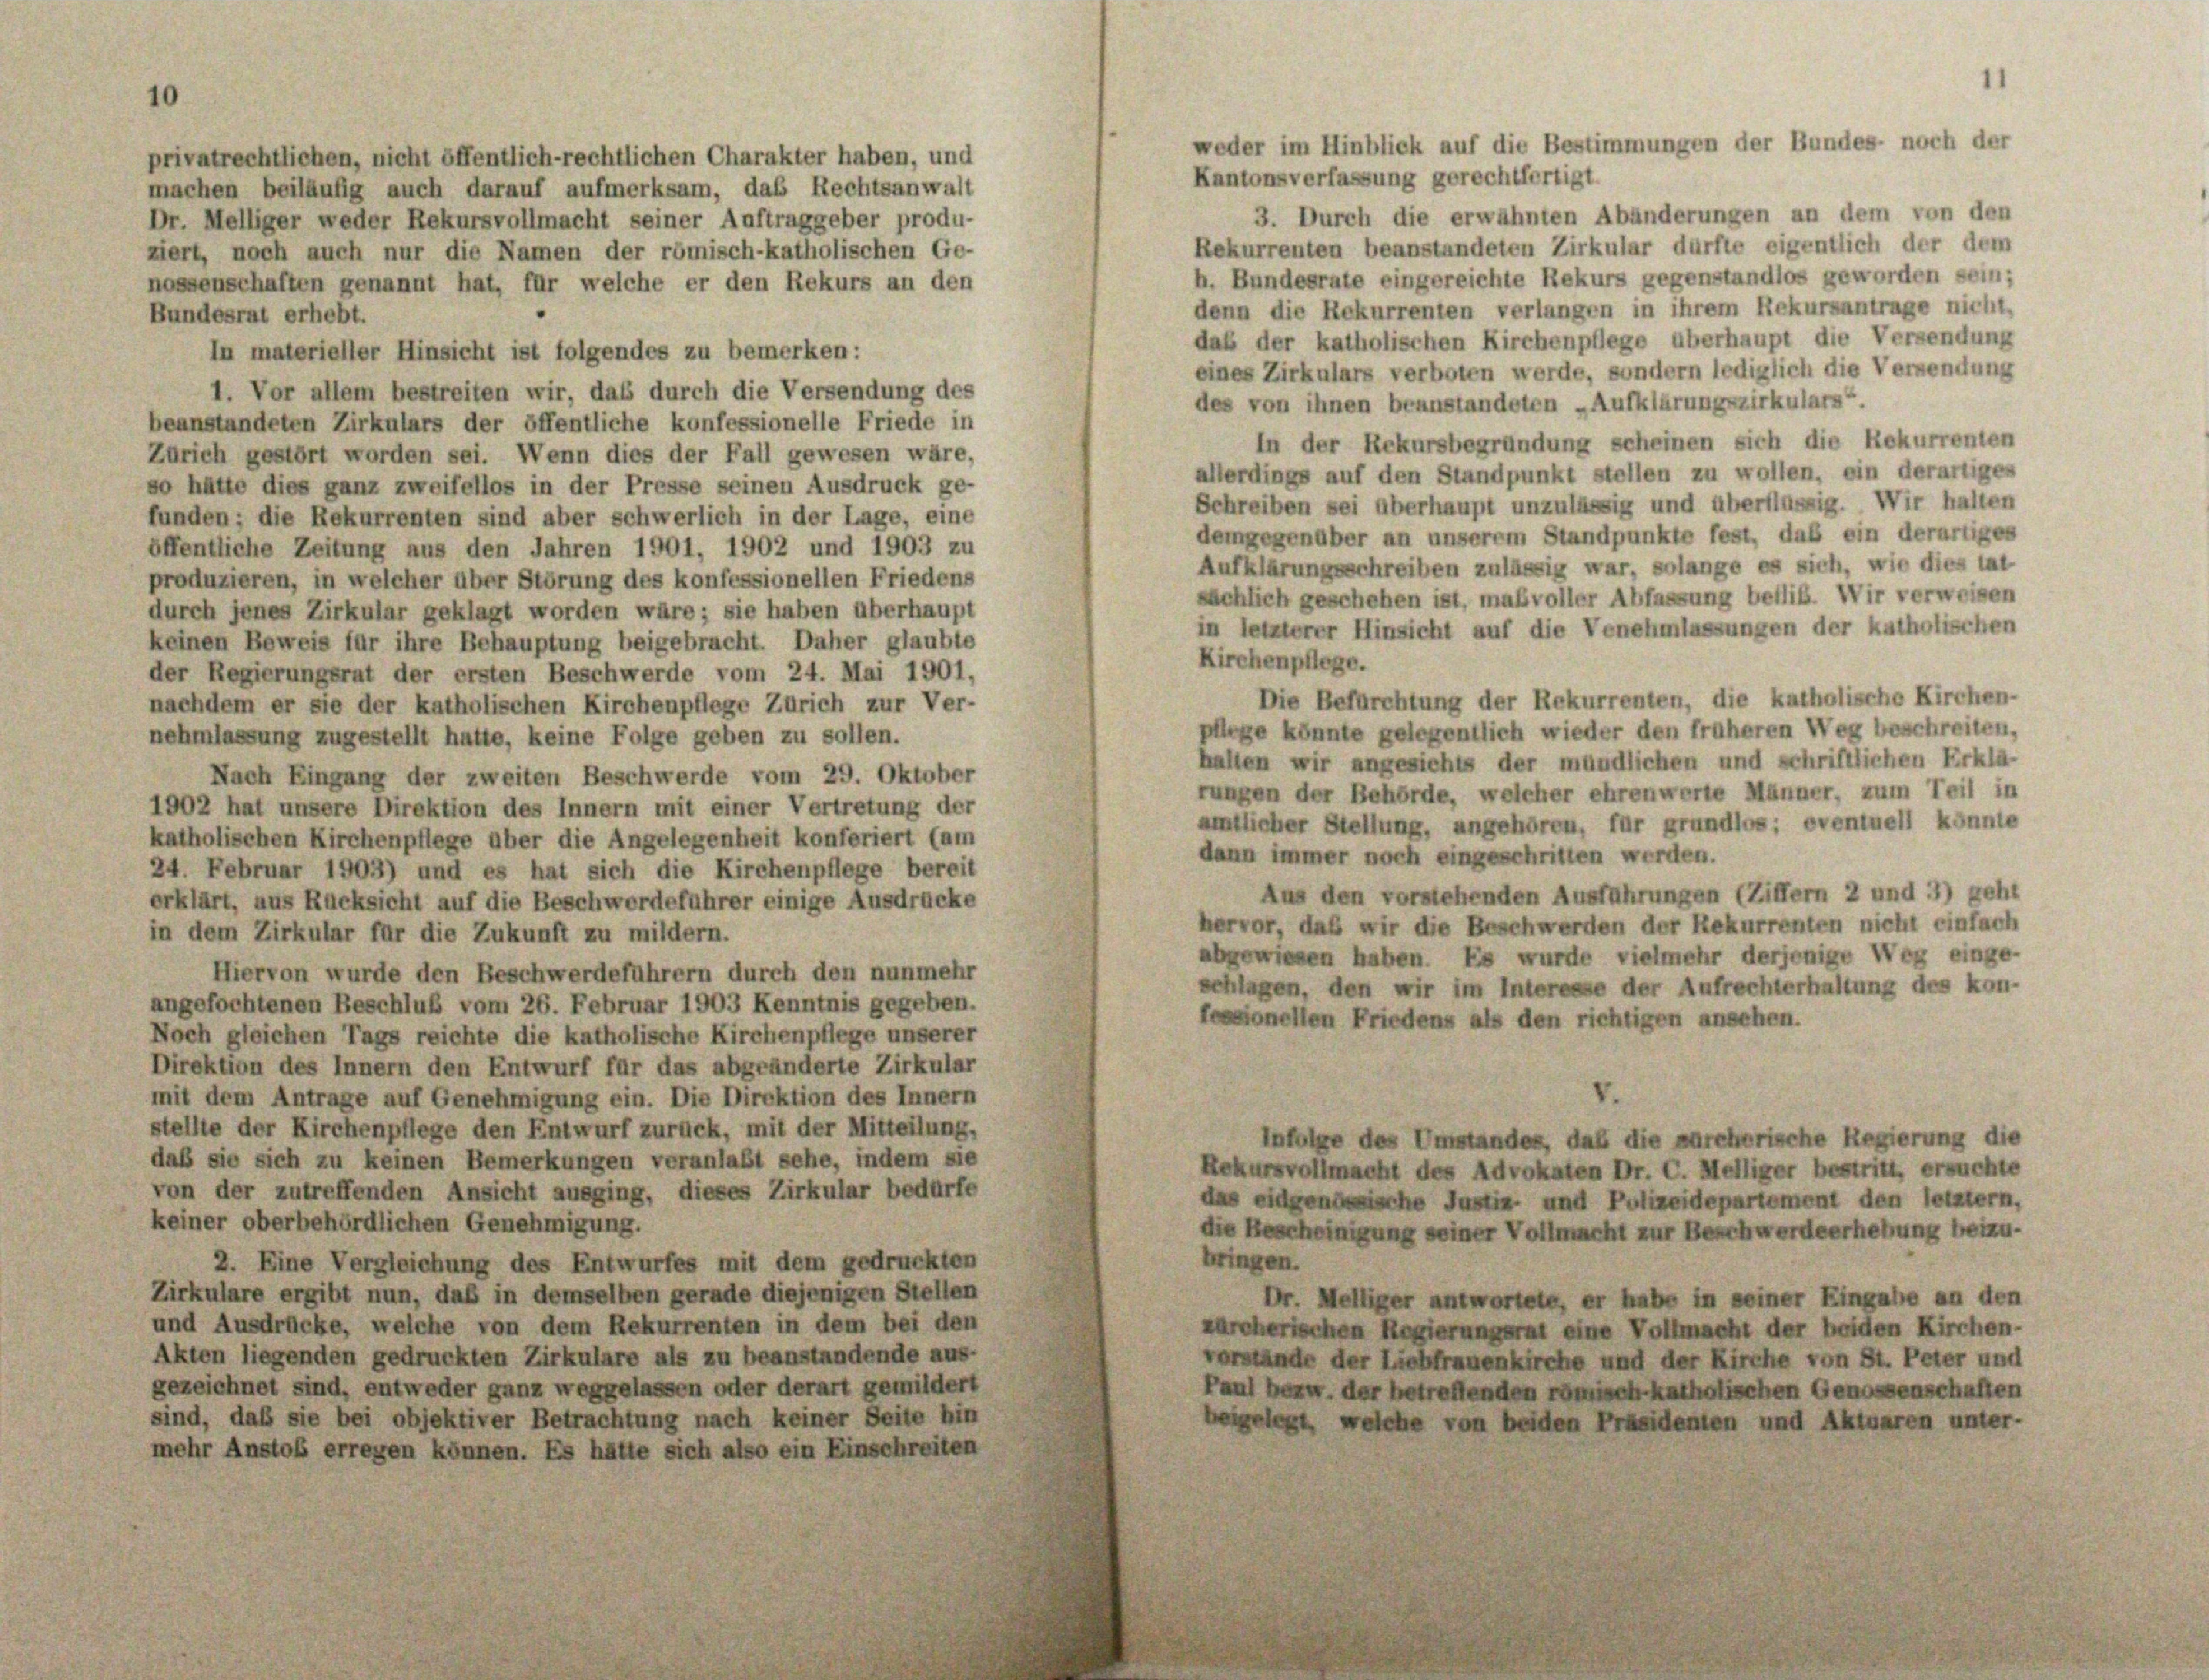
10

privatrechtlichen, nicht öffentlich-rechtlichen Charakter haben, und
machen beiläufig auch darauf aufmerksam, das Rechtsanwalt
Dr. Melliger weder Rekursvollmacht seiner Auftraggeber produ-
ziert, noch auch nur die Namen der römisch-katholischen Ge-
nossenschaften genannt hat, für welche er den Rekurs an den

weder im Hinblick auf die Bestimmungen der Bundes- noch der

Kantonsverfassung gerechtfertigt
3. Durch die erwähnten Abänderungen an dem von den
Rekurrenten beanstandeten Zirkular dürfte eigentlich der dem
h. Bundesrate eingereichte Rekurs gegenstandlos geworden sein;
denn die Rekurrenten verlangen in ihrem Rekursantrage nicht,
Bundesrat erhebt.
daß der katholischen Kirchenpflege überhaupt die Versendung
In materieller Hinsicht ist folgendes zu bemerken:
eines Zirkulars verboten werde, sondern lediglich die Verwendung
1. Vor allem bestreiten wir, daß durch die Versendung des
des von ihnen beanstandeten „Aufklärungszirkulars“.
beanstandeten Zirkulars der öffentliche konfessionelle Friede in
In der Rekursbegründung scheinen sich die Rekurrenten
Zürich gestört worden sei. Wenn dies der Fall gewesen wäre,
allerdings auf den Standpunkt stellen zu wollen, ein derartiges
so hätte dies ganz zweifellos in der Presse seinen Ausdruck ge-
Schreiben sei überhaupt unzulässig und überflüssig. Wir halten
funden; die Rekurrenten sind aber schwerlich in der Lage, eine
demgegenüber an unserem Standpunkte fest, daß ein derartiges
öffentliche Zeitung aus den Jahren 1901, 1902 und 1903 zu
Aufklärungsschreiben zulässig war, solange es sich, wie dies tat
produzieren, in welcher über Störung des konfessionellen Friedens
sächlich geschehen ist, maßvoller Abfassung betlib. Wir verweisen
durch jenes Zirkular geklagt worden wäre; sie haben überhaupt
in letzterer Hinsicht auf die Venehmlassungen der katholischen
keinen Beweis für ihre Behauptung beigebracht. Daher glaubte
Kirchenpflege.
der Regierungsrat der ersten Beschwerde vom 24. Mai 1901,
Die Befürchtung der Rekurrenten, die katholische Kirchen-
nachdem er sie der katholischen Kirchenpflege Zürich zur Ver-
pllege könnte gelegentlich wieder den früheren Weg beschreiten,
nehmlassung zugestellt hatte, keine Folge geben zu sollen.
halten wir angesichts der mündlichen und schriftlichen Erklä-
Nach Eingang der zweiten Beschwerde vom 29. Oktober
rungen der Behörde, welcher ehrenwerte Männer, zum Teil in
1902 hat unsere Direktion des Innern mit einer Vertretung der
amtlicher Stellung, angehören, für grundlos: eventuell könnte
katholischen Kirchenpflege über die Angelegenheit konferiert (am
dann immer noch eingeschritten werden.
24. Februar 1903) und es hat sich die Kirchenpflege bereit
Aus den vorstehenden Ausführungen (Ziffern 2 und 3) geht
erklärt, aus Rücksicht auf die Beschwerdeführer einige Ausdrücke
hervor, daß wir die Beschwerden der Rekurrenten nicht einfach
in dem Zirkular für die Zukunft zu mildern.
abgewiesen haben. Es wurde vielmehr derjenige Weg einge-
Hiervon wurde den Beschwerdeführern durch den nunmehr
schlagen, den wir im Interesse der Aufrechterhaltung des kon-
angefochtenen Beschluß vom 26. Februar 1903 Kenntnis gegeben.
fessionellen Friedens als den richtigen ansehen.
Noch gleichen Tags reichte die katholische Kirchenpflege unserer
Direktion des Innern den Entwurf für das abgeänderte Zirkular
mit dem Antrage auf Genehmigung ein. Die Direktion des Innern
stellte der Kirchenpflege den Entwurf zurück, mit der Mitteilung,
Infolge des Umstandes, daß die zürcherische Regierung die
daß sie sich zu keinen Bemerkungen veranlaßt sehe, indem sie
Rekursvollmacht des Advokaten Dr. C. Melliger bestritt, ersuchte
von der zutreffenden Ansicht ausging, dieses Zirkular bedürfe
das eidgenössische Justiz- und Polizeidepartement den letztem,
keiner oberbehördlichen Genehmigung.
die Bescheinigung seiner Vollmacht zur Beschwerdeerhebung beizu-
bringen.
2. Eine Vergleichung des Entwurfes mit dem gedruckten
Zirkulare ergibt nun, daß in demselben gerade diejenigen Stellen
Dr. Melliger antwortete, er habe in seiner Eingabe an den
und Ausdrücke, welche von dem Rekurrenten in dem bei den
zürcherischen Regierungsrat eine Vollmacht der beiden Kirchen-
Akten liegenden gedruckten Zirkulare als zu beanstandende aus-
vorstände der Liebfrauenkirche und der Kirche von St. Peter und
gezeichnet sind, entweder ganz weggelassen oder derart gemildert
Paul bezw. der betreffenden römisch-katholischen Genossenschaften
sind, daß sie bei objektiver Betrachtung nach keiner Seite hin
beigelegt, welche von beiden Präsidenten und Aktuaren unter-
mehr Anstoß erregen können. Es hätte sich also ein Einschreiten